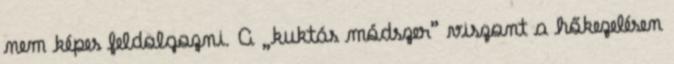
nem képes feldolgozni. A „kuktás módszer” viszont a hőkezelésen